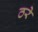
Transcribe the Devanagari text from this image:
ठरे